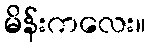
မိန်းကလေး။